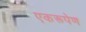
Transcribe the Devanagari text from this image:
एकरूपेण